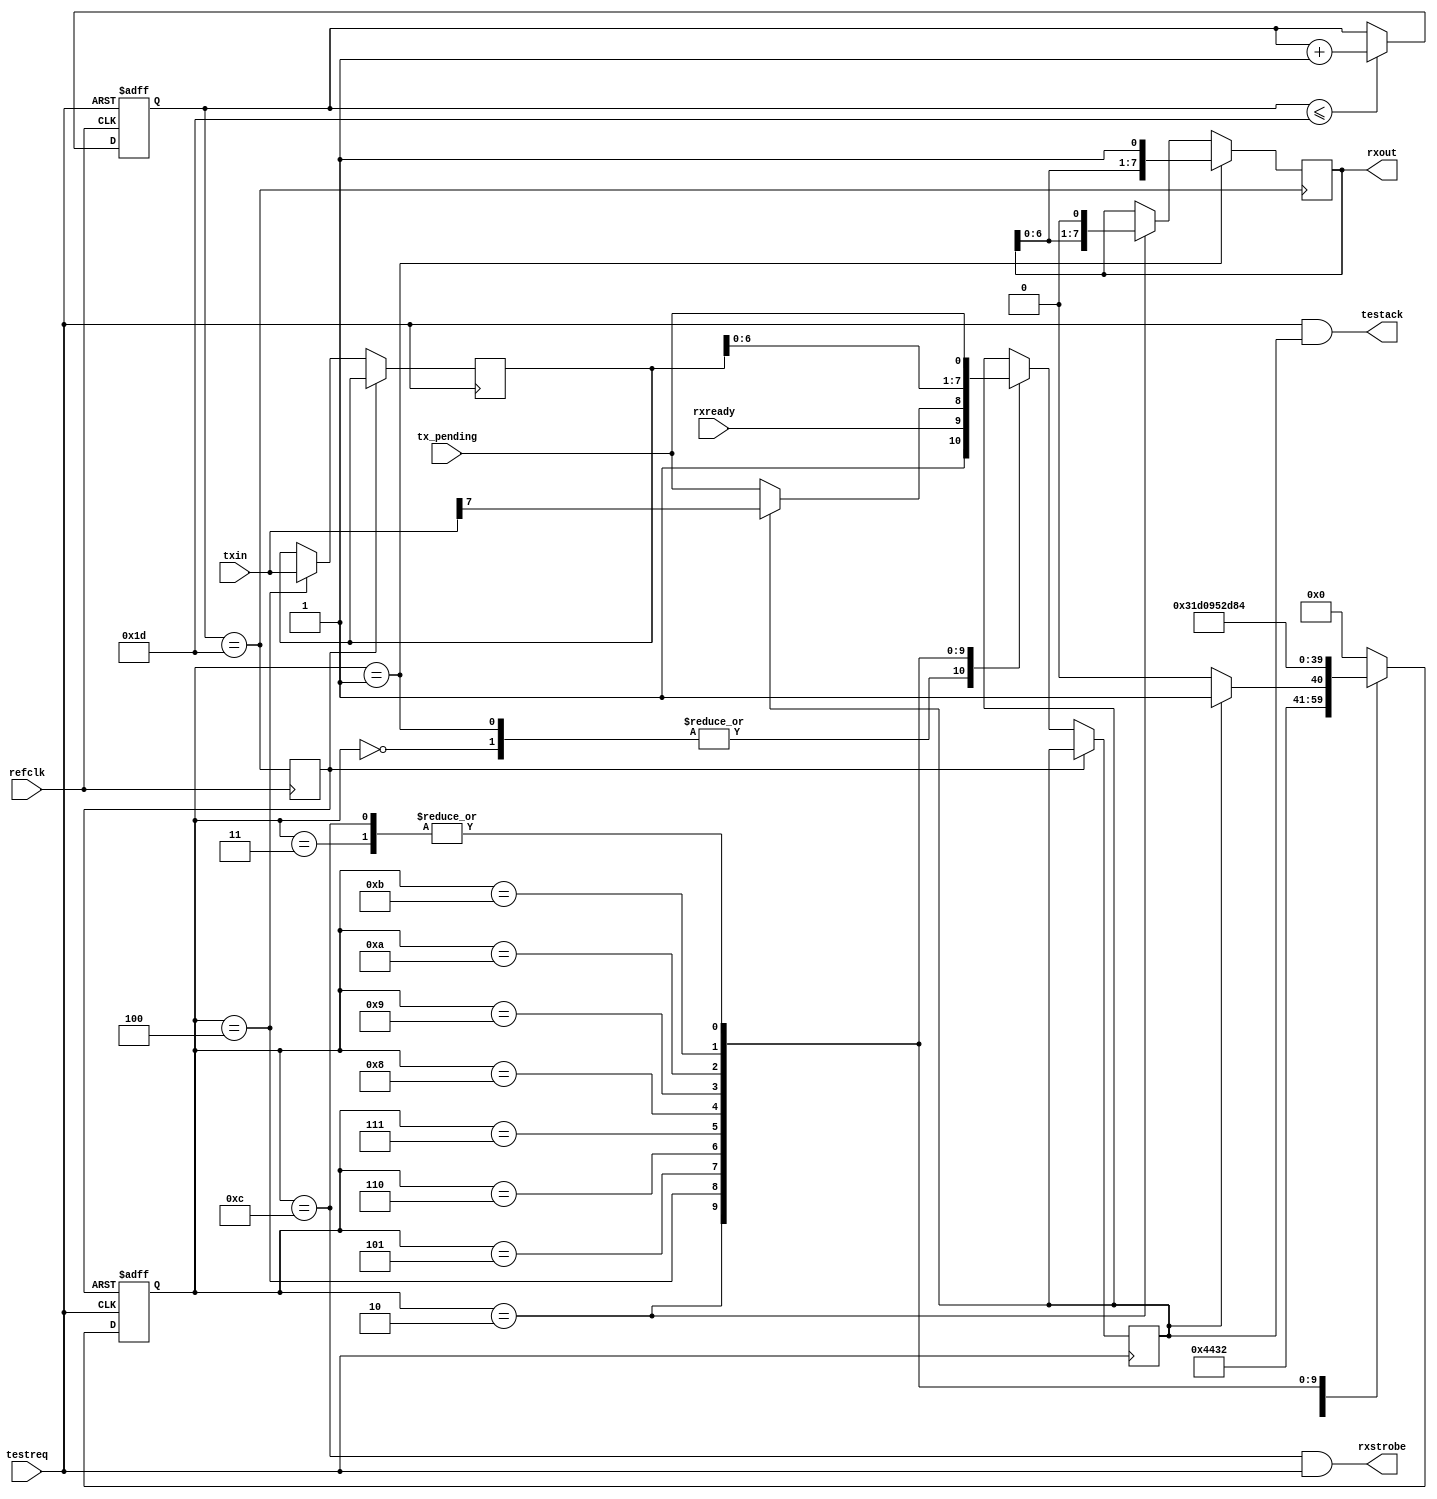
module postcode

#(
	// Parameter Declarations

	// Timer timeout value
	// Refclk is 2MHz, so this is 500ns increments
	parameter TIMER_MAX = (15*2)-1

	/*
	parameter <param_name> = <default_value>,
	parameter [<msb>:<lsb>] <param_name> = <default_value>,
	parameter signed [<msb>:<lsb>] <param_name> = <default_value>
	...
	*/
)

(
	// Clock inputs
	input refclk,							// Main reference clock (TTL osc)
	
	// Test interface
	input testreq,							// Test REQuest (LA23)
	output testack,						// Test ACKnowledge (TESTAK)
	
	// Data received from host (OUTPUT)
	output [7:0] rxout,					// Received data
	input rxready,							// 1 if interface is ready for more data
	output rxstrobe,						// Pulses high when a byte is ready in rxout
	
	// Data to send to host
	input [7:0] txin,						// Data -> host (INPUT command)
	input tx_pending						// Data to host pending
);


	// Gate internal TESTACK against TESTREQ.
	// TESTACK should only ever drive high or open.
	reg testack_int;
	assign testack = (testreq & testack_int);
	
	
	// Monostable -- pulse train end detector
	// Reset to zero every time TESTREQ pulses high.
	// Stops on expiry.
	reg[7:0] timer;
	wire timer_expired = (timer == TIMER_MAX);
	
	always @(posedge refclk or posedge testreq) begin
		if (testreq) begin
			// TESTREQ pulse resets the timer
			timer <= 8'b0;
		end else begin
			// REFCLK pulse increments the timer
			if (timer <= TIMER_MAX) begin
				timer <= timer + 8'd1;
			end
		end
	end
		
	/**
	 * INPUT:
	 *   Four pulses are sent.
	 *   The fourth pulse is repeated until TESTACK is asserted in response.
	 *   The following eight pulses then clock in eight data bits, MSB first.
	 *   TESTACK asserted is interpreted as a logical '1'.
	 *   If pulses continue without a break, they should be interpreted as
	 *     further polling for input and more data may be transferred without
	 *     returning to the initial four-pulse start-up.
	 *
	 * OUTPUT:
	 *   Three pulses are sent.
	 *   If TESTACK is asserted in response to the third pulse, the interface
	 *     is ready for data.
	 *   A break then occurs, and either another attempt is made or data is sent.
	 *   Data is transmitted as an eight-group sequence of either one or two pulses.
	 *     One puls is interpreted as a logical '1', two is a logical '0'.
	 *   Each sequence of eight bits is preceded by a sequence of three-pulse poll
	 *     operations to ensure the interface is ready for data.
	 *   A dummy three-pulse sequence is sent at the end of a series of bytes to
	 *     ensure that the last byte is recognised.
	 */
	
	// receive shift register -- data from the host
	reg[7:0] rxshift;
	wire rx_ready = rxready;
	assign rxout = rxshift;
	assign rxstrobe = tx_done;
	
	// transmit shift register -- data to the host
	reg[7:0] txshift;
	wire tx_ready = tx_pending;
	wire tx_done;
	assign tx_done = (state == S_INPUT_BIT0) & testreq;

	

	
	
	
	// state machine
	reg[4:0] state;
	
	localparam S_INITIAL		= 5'd0;		// initial state, waiting for first pulse
	localparam S_SHIFTONE	= 5'd1;		// one pulse received (shift in a '1')
	localparam S_SHIFTZERO	= 5'd2;		// two pulses received (shift in a '0')
	localparam S_OUTPUTPOLL	= 5'd3;		// three pulses received (OUTPUT)
	localparam S_INPUTPOLL	= 5'd4;		// four pulses received (INPUT)
	localparam S_INPUT_BIT7	= 5'd5;		// shift out bits MSB..LSB in response to an INPUT command
	localparam S_INPUT_BIT6	= 5'd6;
	localparam S_INPUT_BIT5	= 5'd7;
	localparam S_INPUT_BIT4	= 5'd8;
	localparam S_INPUT_BIT3	= 5'd9;
	localparam S_INPUT_BIT2	= 5'd10;
	localparam S_INPUT_BIT1	= 5'd11;
	localparam S_INPUT_BIT0	= 5'd12;
	
	always @(posedge timer_expired) begin
		// Timer expiry -- shift in any data bits which were sent

		if (state == S_SHIFTONE) begin
			// Timer expiry in S_SHIFTONE shifts in a '1'
			rxshift <= {rxshift[6:0], 1'b1};
		end else if (state == S_SHIFTZERO) begin
			// Timer expiry in S_SHIFTONE shifts in a '0'
			rxshift <= {rxshift[6:0], 1'b0};
		end else begin
			// Otherwise rxshift maintains its current state
			rxshift <= rxshift;
		end
	end

	// Generate delayed timer_expired
	reg timer_expired_d;
	always @(posedge refclk) begin
		timer_expired_d <= timer_expired;
	end
	
	always @(posedge testreq or posedge timer_expired_d) begin
	
		// TODO: Shift logic should only work if there's been an OUTPUT?

		if (timer_expired_d) begin
			// A timer expiry resets the state machine one EXTCLK after
			// timer_expired. This gives the shifter logic above a chance
			// to latch the incoming data bit.
			state <= S_INITIAL;
		end else begin
		
			// State specific logic
			case (state)
				S_INITIAL:		begin
										// state 0, no pulses yet
										
										// make sure to ack the first pulse
										testack_int <= 1'b1;

										// if we got a pulse in this state, advance
										state <= S_SHIFTONE;
									end
									
				S_SHIFTONE:		begin
										// One pulse received so far: Shift One

										// make sure to ack the second pulse, if any
										testack_int <= 1'b1;

										// Another pulse takes us to Shift Zero
										state <= S_SHIFTZERO;
									end
									
				S_SHIFTZERO:	begin
										// Two pulses received so far: Shift Zero
										
										// Third pulse response is "interface is ready for OUTPUT"
										// If this is zero, the interface will break (back to S_INITIAL)
										//   and try again with a fresh 3-pulse poll.
										testack_int <= rx_ready;
										state <= S_OUTPUTPOLL;
									end
									
				S_OUTPUTPOLL:	begin
										// Three pulses received so far. Poll OUTPUT ready state.
										//
										// The ACK response is set in the previous case block (i.e. the state transition).
										//
										// If NACK (no ACK pulse) then the host will delay, then send another 3-pulse POLL.
										//
										// If ACK (TESTACK pulses with TESTREQ) then the host will delay, then send eight bits with 
										//    SHIFT_ZERO and SHIFT_ONE commands.
										// 
										// Each sequence of eight bits is preceded by a POLL.
										//
										// At the end of a burst of bytes, a dummy 3-pulse poll burst occurs to make
										//   sure the last byte was recognised.
										//
										
										// The 4th pulse indicates the host wants to start an INPUT cycle and wants to know if we're ready.
										// Send the TX Ready flag then go to S_INPUTPOLL
										testack_int <= tx_ready;
										state <= S_INPUTPOLL;
									end
									
				S_INPUTPOLL:	begin
										// 4+ pulses. INPUT poll.
										// The fourth pulse is repeated until TESTACK is asserted in response.
										// After TESTACK is asserted, shift the next bit.

										// Load the shift register
										txshift <= txin;
										
										// Was the last pollbit we sent a '1'?
										if (!testack_int) begin
											// No data available, loop around sending poll bits
											testack_int <= tx_ready;
											state <= S_INPUTPOLL;
										end else begin
											// Latch the transmit data and send the ACK
											testack_int <= txin[7];
											state <= S_INPUT_BIT7;
										end
									end
									
				S_INPUT_BIT7:	begin
										// Currently sending bit 7, send bit 6 next
										testack_int <= txshift[6];
										state <= S_INPUT_BIT6;
									end

				S_INPUT_BIT6:	begin
										// Currently sending bit 6, send bit 5 next
										testack_int <= txshift[5];
										state <= S_INPUT_BIT5;
									end

				S_INPUT_BIT5:	begin
										// Currently sending bit 5, send bit 4 next
										testack_int <= txshift[4];
										state <= S_INPUT_BIT4;
									end

				S_INPUT_BIT4:	begin
										// Currently sending bit 4, send bit 3 next
										testack_int <= txshift[3];
										state <= S_INPUT_BIT3;
									end

				S_INPUT_BIT3:	begin
										// Currently sending bit 3, send bit 2 next
										testack_int <= txshift[2];
										state <= S_INPUT_BIT2;
									end

				S_INPUT_BIT2:	begin
										// Currently sending bit 2, send bit 1 next
										testack_int <= txshift[1];
										state <= S_INPUT_BIT1;
									end

				S_INPUT_BIT1:	begin
										// Currently sending bit 1, send bit 0 next
										testack_int <= txshift[0];
										state <= S_INPUT_BIT0;
									end

				S_INPUT_BIT0:	begin
										// Bit 0 is on the bus.
										// Raise TX_DONE (above), prepare to send the READY flag on the next pulse, then switch to S_INPUTPOLL
										// We need to do at least one polling cycle before we can send the next byte
										testack_int <= tx_ready;
										state <= S_INPUTPOLL;
									end
			
				default:			begin
										// Default state
										state <= S_INITIAL;
									end
			endcase
		end	
	end
	
endmodule